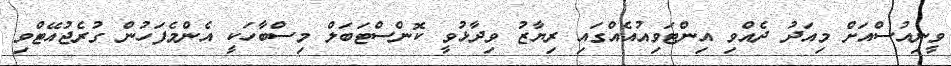
ވީނިއުސްއަށް މިއަދު ދެއްވި އިންޓަވިއުއެއްގައި ރިޔާޒު ވިދާޅުވީ ކޮންސްޓަބަލް މިސްބާހަކީ އެންމެފަހުން ގުރެޖުއޭޓްވި